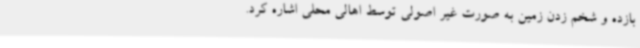
بازده و شخم زدن زمین به صورت غیر اصولی توسط اهالی محلی اشاره کرد.